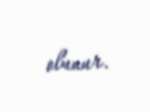
olunur.